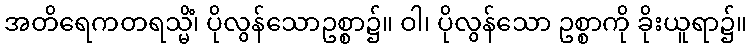
အတိရေကတရသ္မိံ၊ ပိုလွန်သောဥစ္စာ၌။ ဝါ၊ ပိုလွန်သော ဥစ္စာကို ခိုးယူရာ၌။